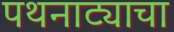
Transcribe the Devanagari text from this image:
पथनाट्याचा